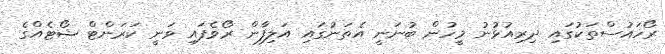
ރޯހައުސްތަކުގައި ދިރިއުޅުނު މީހުން ބުނަނީ އެތަނުގައި އަލިފާން ރޯވެފައި ވަނީ ކަރަންޓް ޝޯޓެއްގެ